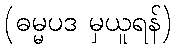
(ဓမ္မပဒ မှယူရန်)